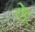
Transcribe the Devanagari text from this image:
लेटू